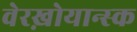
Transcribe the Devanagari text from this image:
वेरख़ोयान्स्क